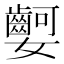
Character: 𡤫